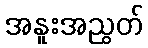
အနူးအညွတ်